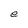
Character: e